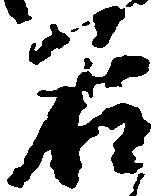
名